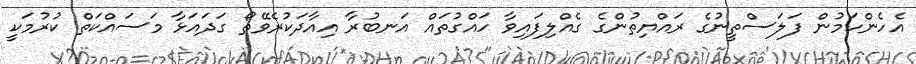
އެެހެންކަމުން ފަލަސްތީނުގެ ރައްޔިތުންގެ ގެއްލިފައިވާ ހައްގުތައް އަނބުރާ އިއާދަކުރެވޭތޯ ގަދައަޅާ މަސައްކަތް ކުރުމަކީ